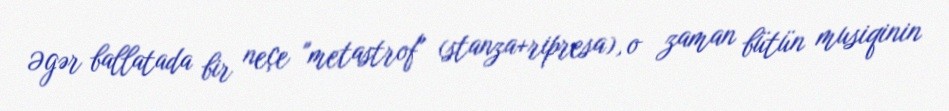
Əgər ballatada bir neçe "metastrof" (stanza+ripresa), o zaman bütün musiqinin